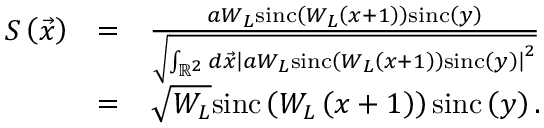
\begin{array} { r l r } { S \left( \vec { x } \right) } & { = } & { \frac { a W _ { L } \mathrm { s i n c } \left( W _ { L } \left( x + 1 \right) \right) \mathrm { s i n c } \left( y \right) } { \sqrt { \int _ { \mathbb { R } ^ { 2 } } d \vec { x } \left| a W _ { L } \mathrm { s i n c } \left( W _ { L } \left( x + 1 \right) \right) \mathrm { s i n c } \left( y \right) \right| ^ { 2 } } } } \\ & { = } & { \sqrt { W _ { L } } \mathrm { s i n c } \left( W _ { L } \left( x + 1 \right) \right) \mathrm { s i n c } \left( y \right) . } \end{array}